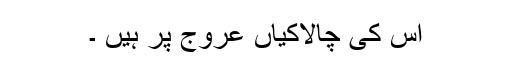
اس كی چالاكیاں عروج پر ہیں ۔